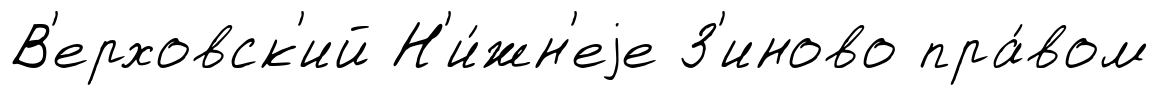
В'ерховск'ий Н'и́жн'еjе З'иново пра́вом